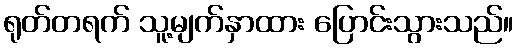
ရုတ်တရက် သူ့မျက်နှာထား ပြောင်းသွားသည်။